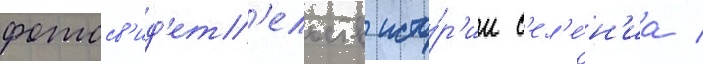
фотосв'ид'ет'ельств исто́р'ии с'ел'е́н'иа /